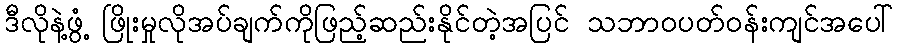
ဒီလိုနဲ့ဖွံ့ ဖြိုးမှုလိုအပ်ချက်ကိုဖြည့်ဆည်းနိုင်တဲ့အပြင် သဘာဝပတ်ဝန်းကျင်အပေါ်